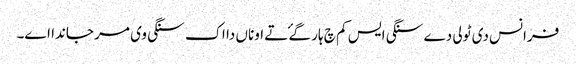
فرانس دی ٹولی دے سنگی ایس کم چ ہار گۓ تے اوناں دا اک سنگی وی مر جاندا اے۔